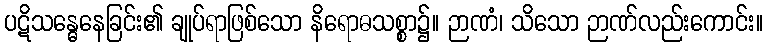
ပဋိသန္ဓေနေခြင်း၏ ချုပ်ရာဖြစ်သော နိရောဓသစ္စာ၌။ ဉာဏံ၊ သိသော ဉာဏ်လည်းကောင်း။